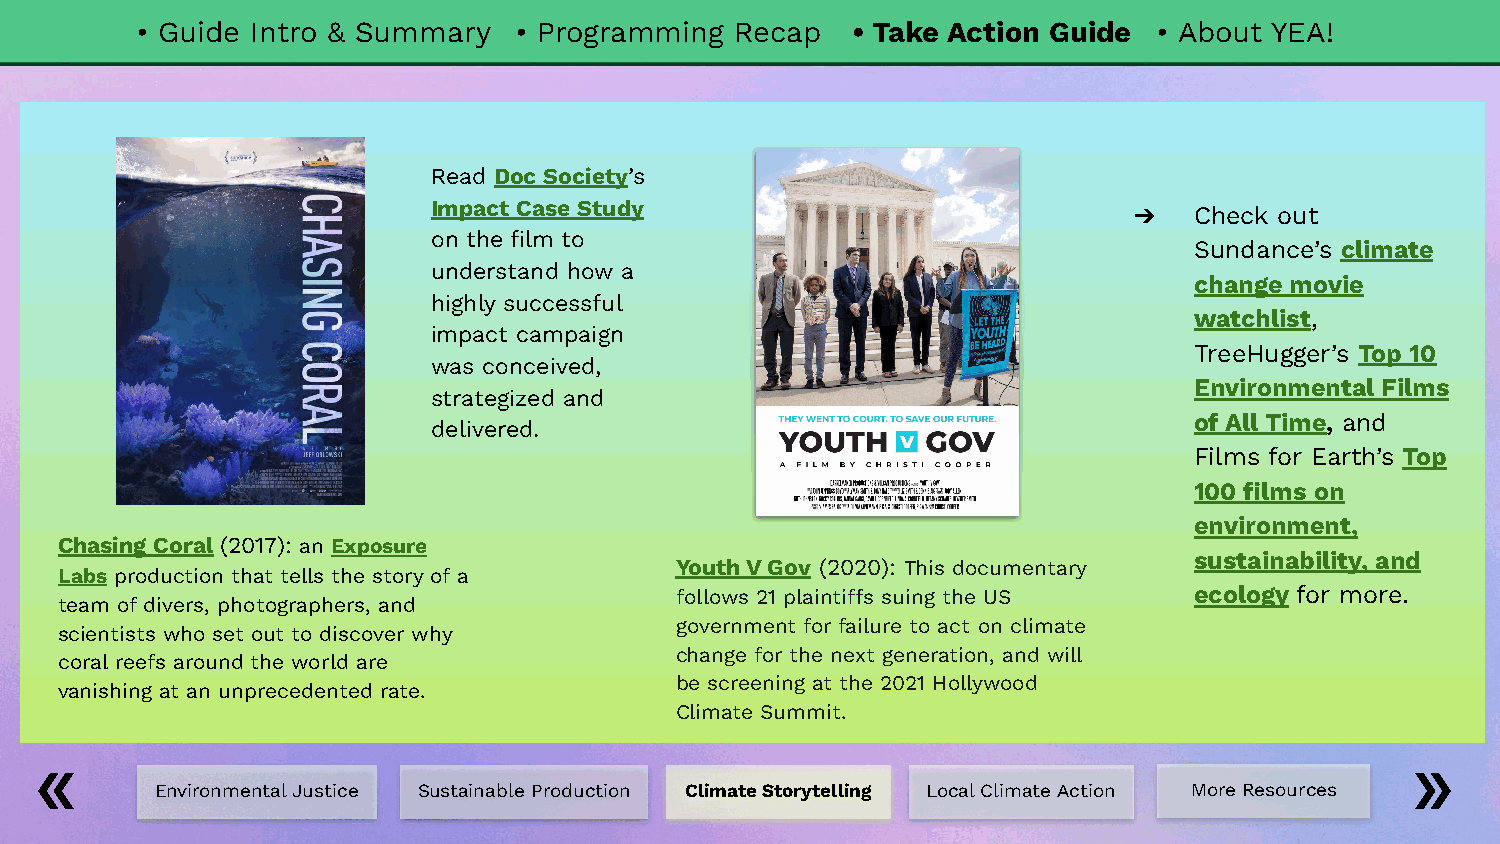
• Guide Intro & Summary  • Programming  Recap  • Take Action Guide  • About YEA!
 Read Doc Society’s
 Impact Case Study                             ➔   Check out
 on the film to
 Sundance’s climate
 understand how a
 change movie
 highly successful
 watchlist,
 impact campaign
 TreeHugger’s Top 10
 was conceived,
 Environmental Films
 strategized and
 of All Time, and
 delivered.
 Films for Earth’s Top
 100 films on
 environment,
 Chasing Coral (2017): an Exposure
 sustainability, and
 Youth V Gov (2020): This documentary
 Labs production that tells the story of a
 follows 21 plaintiffs suing the US ecology for more.
 team of divers, photographers, and
 government for failure to act on climate
 scientists who set out to discover why
 change for the next generation, and will
 coral reefs around the world are
 be screening at the 2021 Hollywood
 vanishing at an unprecedented rate.
 Climate Summit.
 Environmental Justice Sustainable Production Climate Storytelling Local Climate Action More Resources